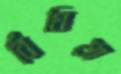
বিঁধিয়া